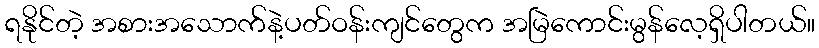
ရနိုင်တဲ့ အစားအသောက်နဲ့ပတ်ဝန်းကျင်တွေက အမြဲကောင်းမွန်လေ့ရှိပါတယ်။